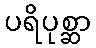
ပရိပုစ္ဆာ